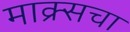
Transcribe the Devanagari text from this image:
माक्र्सचा